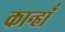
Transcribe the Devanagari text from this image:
कान्हाँ